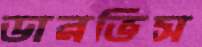
ডারভিস